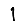
Digit: 1